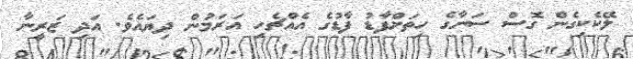
ލޭކެކިގެން ގޮސް ސަނާގެ ހިތަށްފާޑު ފާޑުގެ އެއްޗެހި އަރަމުން ދިޔައެވެ. އަދި ޒަރީނާ